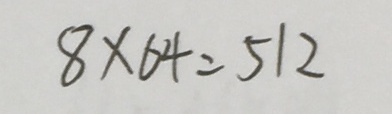
8 \times 6 4 = 5 1 2